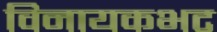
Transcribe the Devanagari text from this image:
विनायकभट